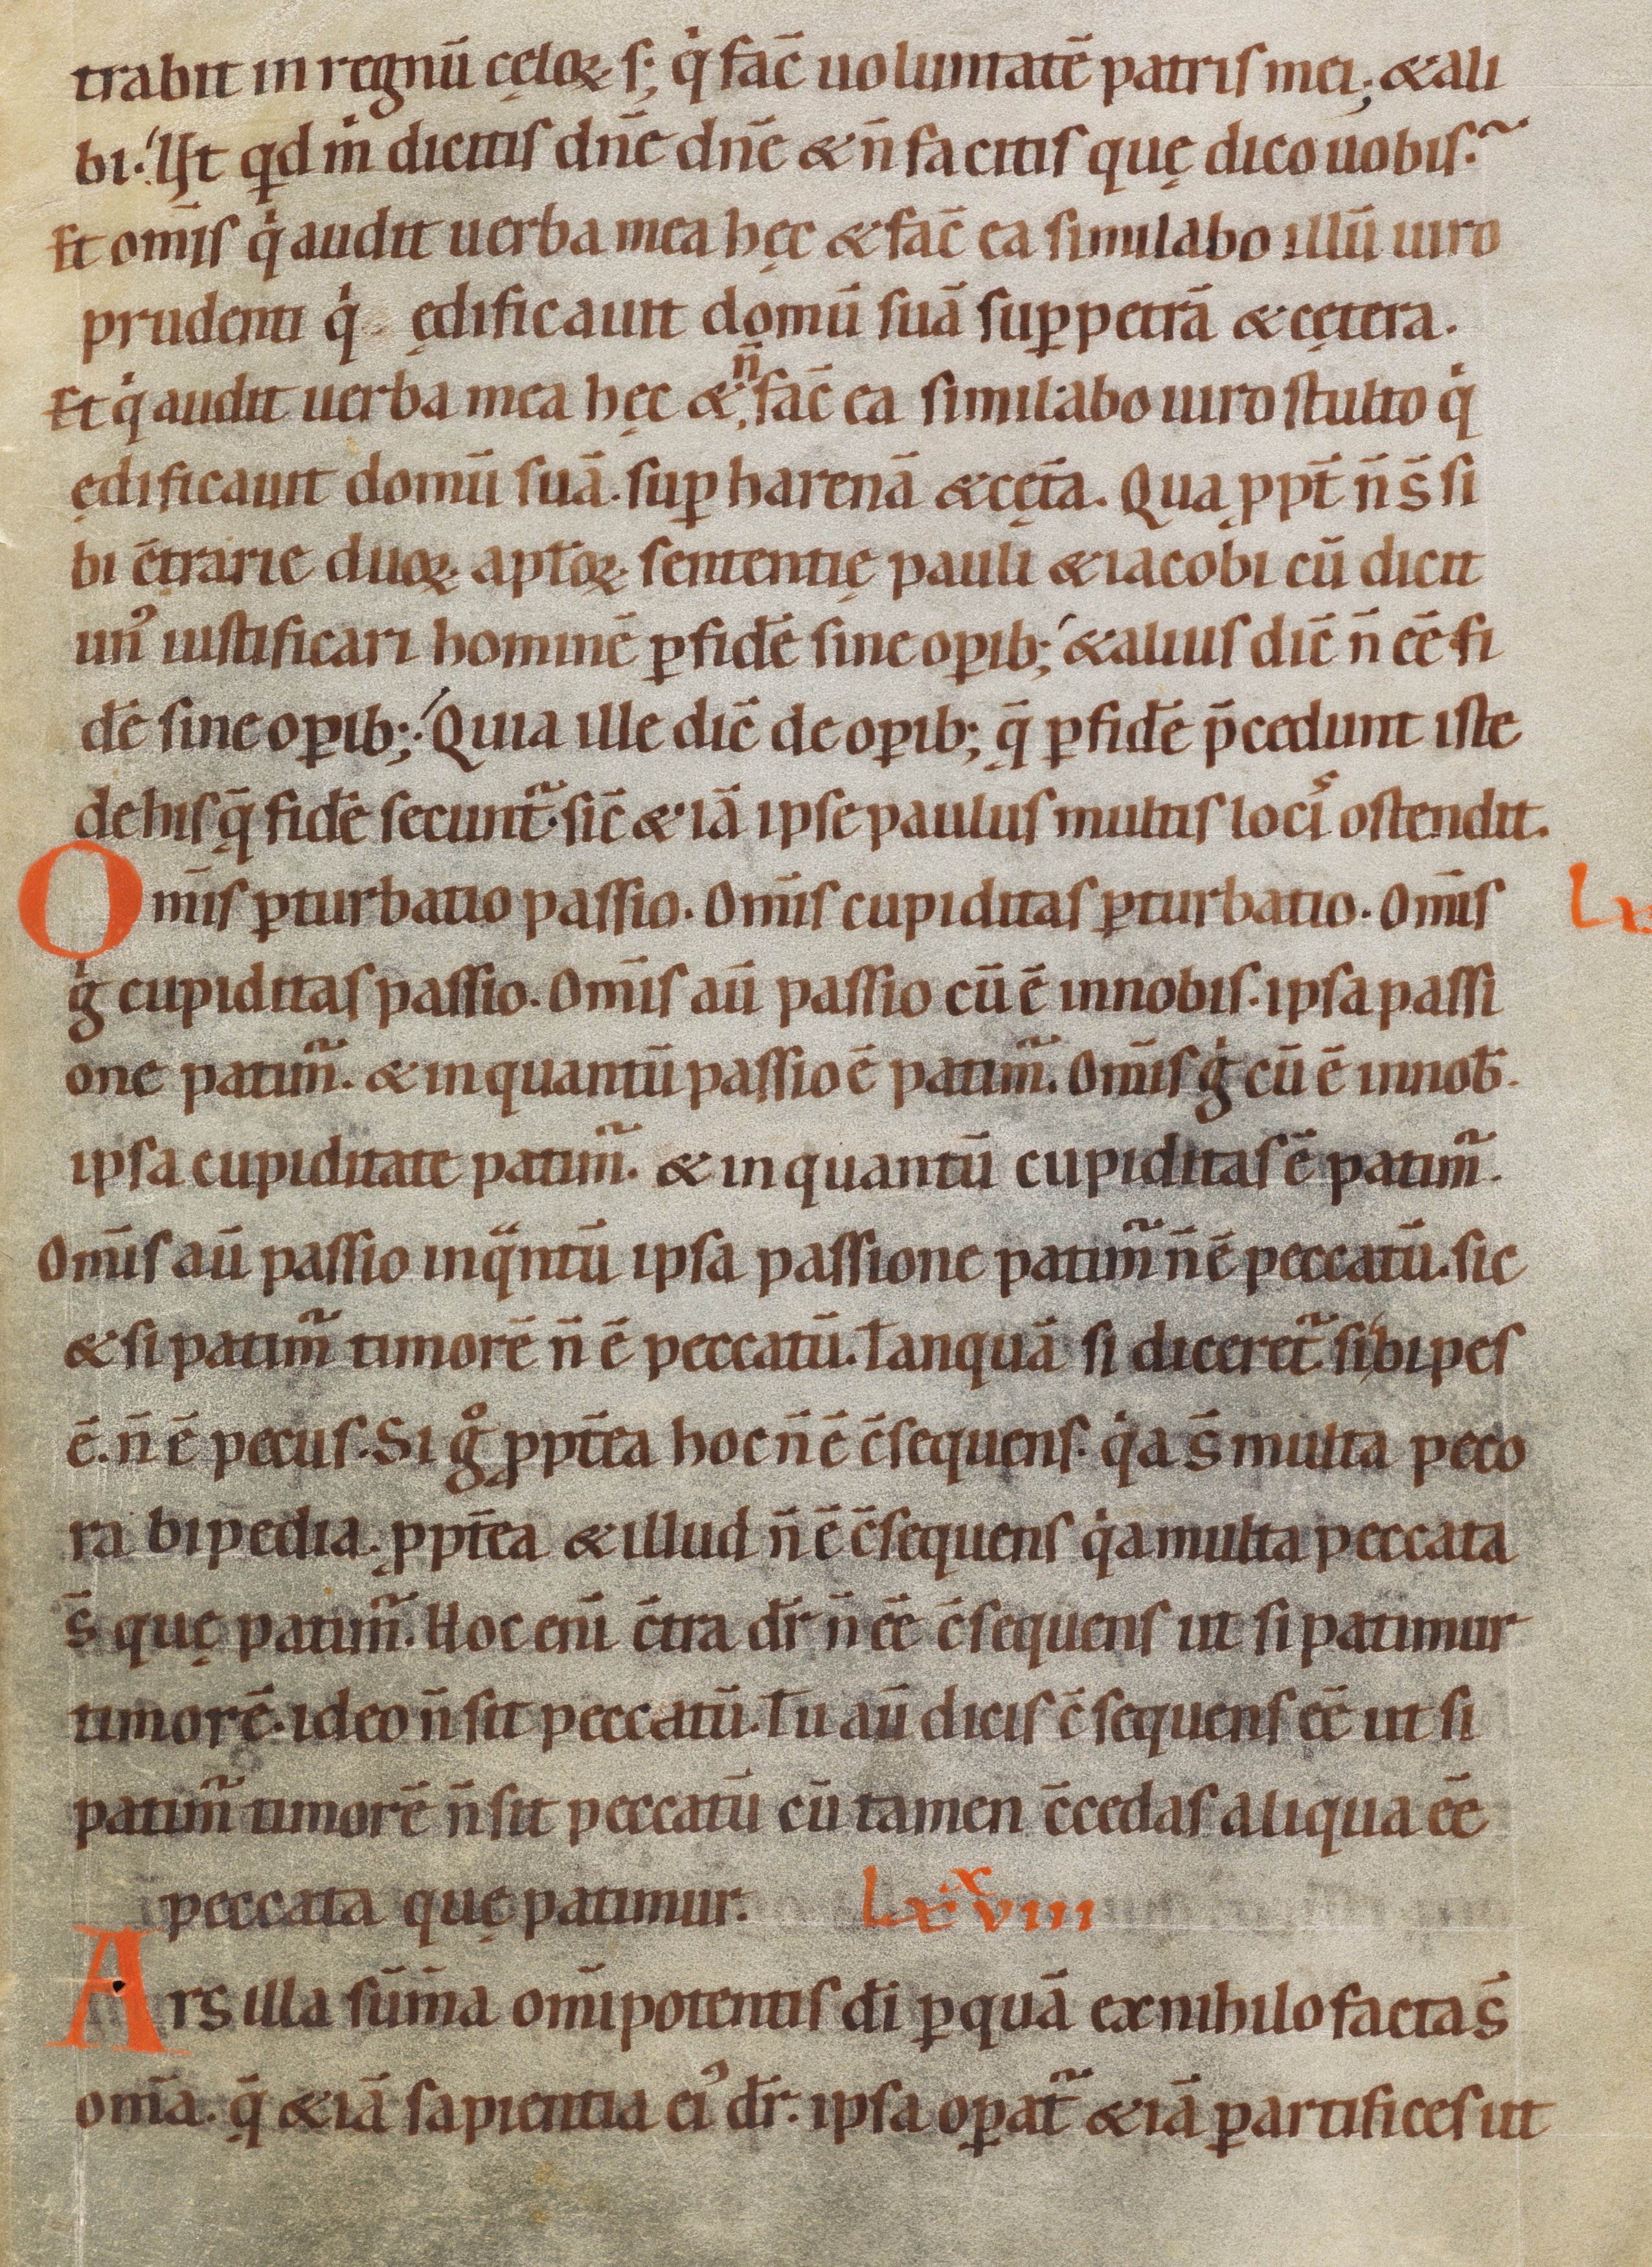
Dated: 1080–1096